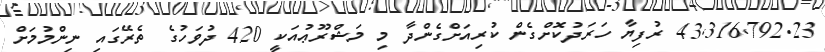
43